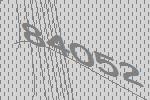
84052